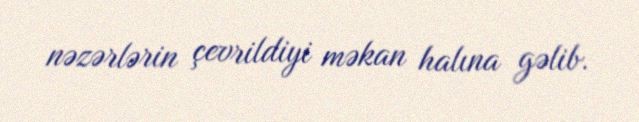
nəzərlərin çevrildiyi məkan halına gəlib.